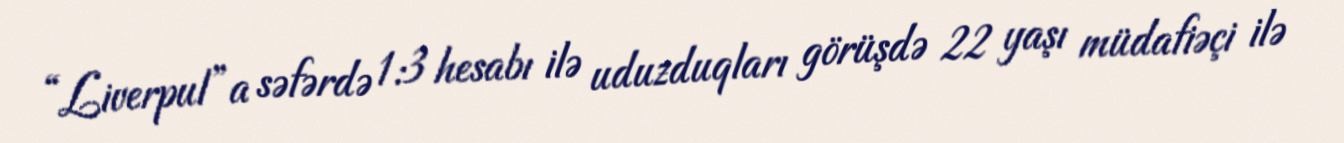
“Liverpul”a səfərdə 1:3 hesabı ilə uduzduqları görüşdə 22 yaşı müdafiəçi ilə